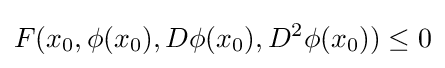
F(x_{0},\phi (x_{0}),D\phi (x_{0}),D^{2}\phi (x_{0}))\leq 0